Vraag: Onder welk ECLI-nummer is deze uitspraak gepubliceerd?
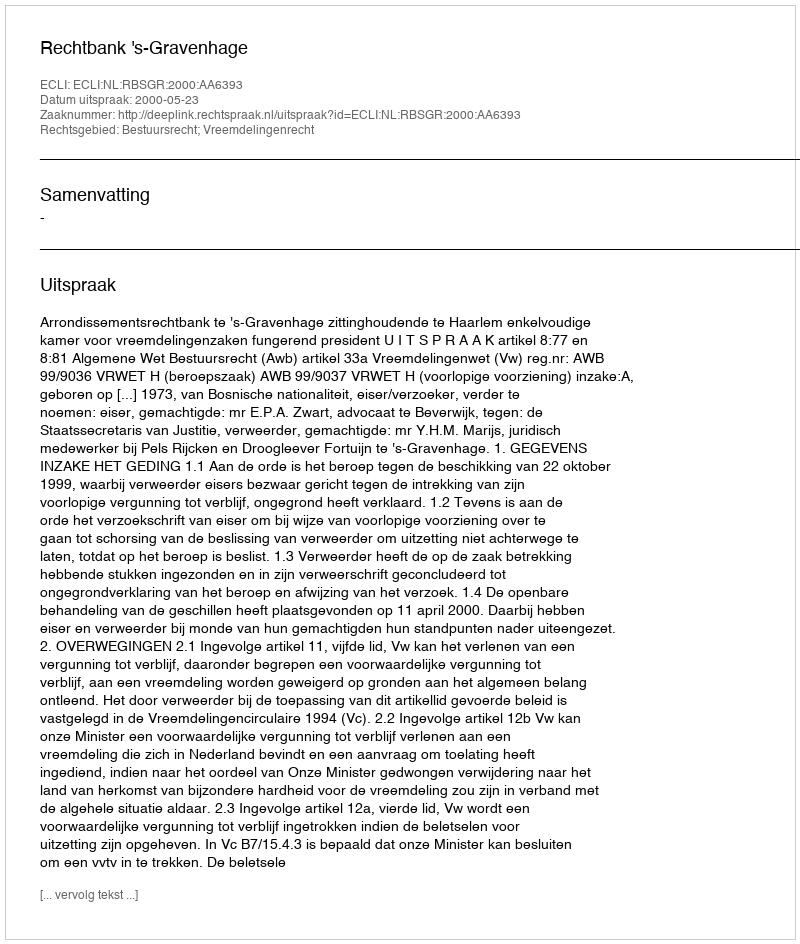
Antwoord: ECLI:NL:RBSGR:2000:AA6393